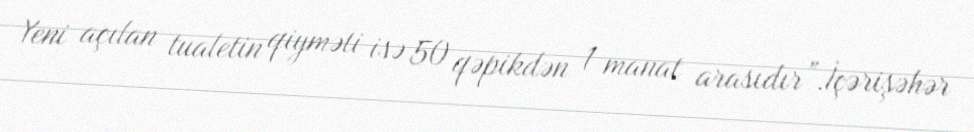
Yeni açılan tualetin qiyməti isə 50 qəpikdən 1 manat arasıdır”.İçərişəhər